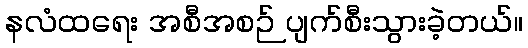
နလံထရေး အစီအစဉ် ပျက်စီးသွားခဲ့တယ်။